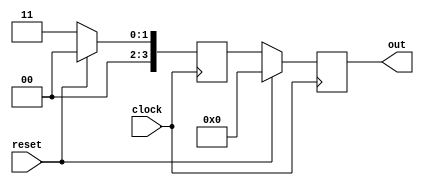
module Pipe(
  input        clock,
  input        reset,
  output [3:0] out
);
`ifdef RANDOMIZE_REG_INIT
  reg [31:0] _RAND_0;
  reg [31:0] _RAND_1;
`endif // RANDOMIZE_REG_INIT
  reg [3:0] r;
  reg [3:0] s;
  assign out = s;
  always @(posedge clock) begin
    if (reset) begin
      r <= 4'h0;
    end else begin
      r <= 4'h3;
    end
    if (reset) begin
      s <= 4'h0;
    end else begin
      s <= r;
    end
  end
// Register and memory initialization
`ifdef RANDOMIZE_GARBAGE_ASSIGN
`define RANDOMIZE
`endif
`ifdef RANDOMIZE_INVALID_ASSIGN
`define RANDOMIZE
`endif
`ifdef RANDOMIZE_REG_INIT
`define RANDOMIZE
`endif
`ifdef RANDOMIZE_MEM_INIT
`define RANDOMIZE
`endif
`ifndef RANDOM
`define RANDOM $random
`endif
`ifdef RANDOMIZE_MEM_INIT
  integer initvar;
`endif
`ifndef SYNTHESIS
`ifdef FIRRTL_BEFORE_INITIAL
`FIRRTL_BEFORE_INITIAL
`endif
initial begin
  `ifdef RANDOMIZE
    `ifdef INIT_RANDOM
      `INIT_RANDOM
    `endif
    `ifndef VERILATOR
      `ifdef RANDOMIZE_DELAY
        #`RANDOMIZE_DELAY begin end
      `else
        #0.002 begin end
      `endif
    `endif
`ifdef RANDOMIZE_REG_INIT
  _RAND_0 = {1{`RANDOM}};
  r = _RAND_0[3:0];
  _RAND_1 = {1{`RANDOM}};
  s = _RAND_1[3:0];
`endif // RANDOMIZE_REG_INIT
  `endif // RANDOMIZE
end // initial
`ifdef FIRRTL_AFTER_INITIAL
`FIRRTL_AFTER_INITIAL
`endif
`endif // SYNTHESIS
endmodule
module PipeTester(
  input   clock,
  input   reset
);
`ifdef RANDOMIZE_REG_INIT
  reg [31:0] _RAND_0;
`endif // RANDOMIZE_REG_INIT
  wire  pipe_clock;
  wire  pipe_reset;
  wire [3:0] pipe_out;
  reg [3:0] cycle;
  wire  _GEN_3 = cycle == 4'h2 ? pipe_out != 4'h3 | cycle < 4'h2 & pipe_out != 4'h0 : cycle < 4'h2 & pipe_out != 4'h0; // @[]
  wire  fail = ~reset & _GEN_3; // @[]
  Pipe pipe (
    .clock(pipe_clock),
    .reset(pipe_reset),
    .out(pipe_out)
  );
  assign pipe_clock = clock;
  assign pipe_reset = reset;
  always @(posedge clock) begin
    if (reset) begin
      cycle <= 4'h0;
    end else begin
      cycle <= cycle + 4'h1;
    end
    `ifndef SYNTHESIS
    `ifdef PRINTF_COND
      if (`PRINTF_COND) begin
    `endif
        if (fail & ~reset) begin
          $fwrite(32'h80000002,"Assertion failed!\n");
        end
    `ifdef PRINTF_COND
      end
    `endif
    `endif // SYNTHESIS
    `ifndef SYNTHESIS
    `ifdef STOP_COND
      if (`STOP_COND) begin
    `endif
        if (fail & ~reset) begin
          $fatal;
        end
    `ifdef STOP_COND
      end
    `endif
    `endif // SYNTHESIS
    `ifndef SYNTHESIS
    `ifdef PRINTF_COND
      if (`PRINTF_COND) begin
    `endif
        if (~reset & cycle == 4'h3) begin
          $fwrite(32'h80000002,"Success!\n");
        end
    `ifdef PRINTF_COND
      end
    `endif
    `endif // SYNTHESIS
    `ifndef SYNTHESIS
    `ifdef STOP_COND
      if (`STOP_COND) begin
    `endif
        if (~reset & cycle == 4'h3) begin
          $finish;
        end
    `ifdef STOP_COND
      end
    `endif
    `endif // SYNTHESIS
  end
// Register and memory initialization
`ifdef RANDOMIZE_GARBAGE_ASSIGN
`define RANDOMIZE
`endif
`ifdef RANDOMIZE_INVALID_ASSIGN
`define RANDOMIZE
`endif
`ifdef RANDOMIZE_REG_INIT
`define RANDOMIZE
`endif
`ifdef RANDOMIZE_MEM_INIT
`define RANDOMIZE
`endif
`ifndef RANDOM
`define RANDOM $random
`endif
`ifdef RANDOMIZE_MEM_INIT
  integer initvar;
`endif
`ifndef SYNTHESIS
`ifdef FIRRTL_BEFORE_INITIAL
`FIRRTL_BEFORE_INITIAL
`endif
initial begin
  `ifdef RANDOMIZE
    `ifdef INIT_RANDOM
      `INIT_RANDOM
    `endif
    `ifndef VERILATOR
      `ifdef RANDOMIZE_DELAY
        #`RANDOMIZE_DELAY begin end
      `else
        #0.002 begin end
      `endif
    `endif
`ifdef RANDOMIZE_REG_INIT
  _RAND_0 = {1{`RANDOM}};
  cycle = _RAND_0[3:0];
`endif // RANDOMIZE_REG_INIT
  `endif // RANDOMIZE
end // initial
`ifdef FIRRTL_AFTER_INITIAL
`FIRRTL_AFTER_INITIAL
`endif
`endif // SYNTHESIS
endmodule